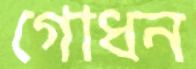
গোধন